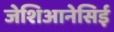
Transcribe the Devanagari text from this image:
जेशिआनेसिई